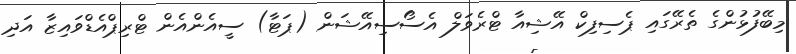
މިބޭފުޅުންގެ ތެރޭގައި ޕެސިފިކް އޭޝިއާ ޓްރެވަލް އެސޯސިއޭޝަން (ޕަޓާ) ސީއެންއެން ޓްރިޕްއެޑްވައިޒާ އަދި